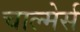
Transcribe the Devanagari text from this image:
चाल्मेर्स